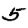
Digit: 5